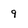
Character: 9